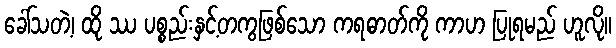
ခေါ်သတဲ့၊ ထို ဿ ပစ္စည်းနှင့်တကွဖြစ်သော ကရဓာတ်ကို ကာဟ ပြုရမည် ဟူလို။